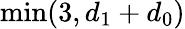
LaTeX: \operatorname*{min}(3,d_{1}+d_{0})